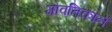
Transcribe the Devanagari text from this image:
गोवतिकानं